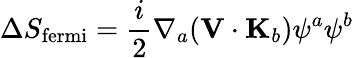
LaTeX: \Delta S_{\mathrm{fermi}}=\frac{i}{2}\nabla_{a}({\mathbf V}\cdot{\mathbf K}_{b})\psi^{a}\psi^{b}